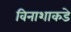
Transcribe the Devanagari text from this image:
विनाशाकडे